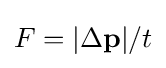
F=|\Delta \mathbf {p} |/t